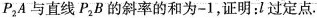
P _ { 2 } A 与直线 P _ { 2 } B 的斜率的和为 -1，证明：l 过定点.